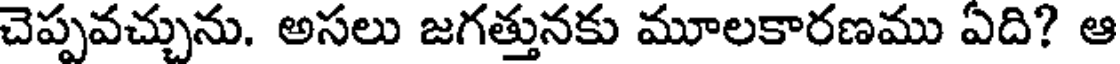
చెప్పవచ్చును. అసలు జగత్తునకు మూలకారణము ఏది? ఆ